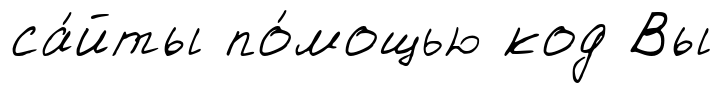
са́йты по́мощью код Вы